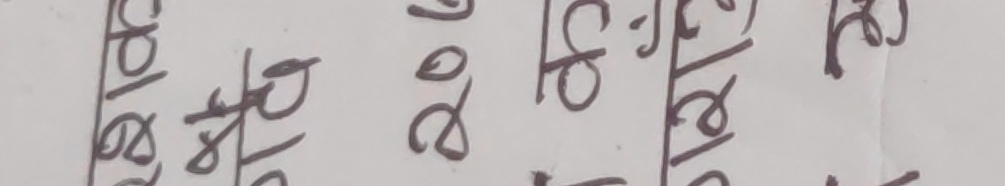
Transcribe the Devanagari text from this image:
२०/०८/२०६०
१८/०८/२०६०
१९/०८/२०६०